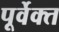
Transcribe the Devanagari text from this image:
पूर्वेक्त